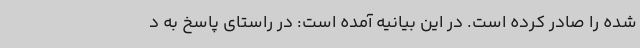
شده را صادر کرده است. در این بیانیه آمده است: در راستای پاسخ به د